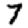
Digit: 7